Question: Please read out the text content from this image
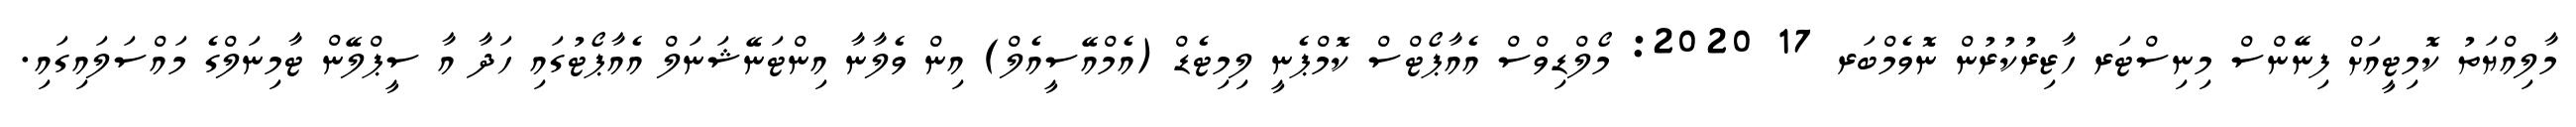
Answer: މާލިއްޔަތު ކޮމިޓީއަށް ފިނޭންސް މިނިސްޓަރ ހާޒިރުކުރުން ނޮވެމްބަރ 17 2020: މޯލްޑިވްސް އެއާޕޯޓްސް ކޮމްޕެނީ ލިމިޓެޑް (އެމްއޭސީއެލް) އިން ވެލާނާ އިންޓަނޭޝަނަލް އެއާޕޯޓުގައި ހަދާ އާ ސީޕްލޭން ޓާމިނަލްގެ މައްސަލައިގައި.